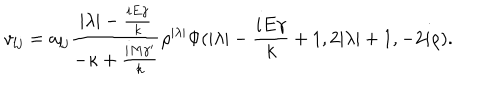
LaTeX: v _ { l j } = a _ { l j } { \frac { | \lambda | - { \frac { i E \gamma } { k } } } { - \kappa + { \frac { i M { \gamma } ^ { \prime } } { k } } } } { \rho } ^ { | \lambda | } \Phi ( | \lambda | - { \frac { i E \gamma } { k } } + 1 , 2 | \lambda | + 1 , - 2 i \rho ) .